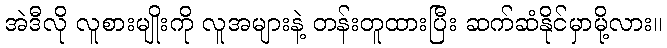
အဲဒီလို လူစားမျိုးကို လူအများနဲ့ တန်းတူထားပြီး ဆက်ဆံနိုင်မှာမို့လား။